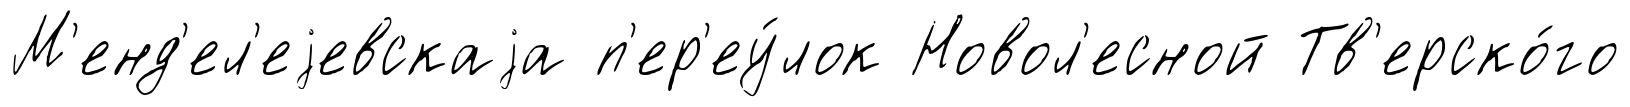
М'енд'ел'еjевскаjа п'ер'еу́лок Новол'есной Тв'ерско́го